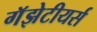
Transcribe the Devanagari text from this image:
गॅझेटीयर्स